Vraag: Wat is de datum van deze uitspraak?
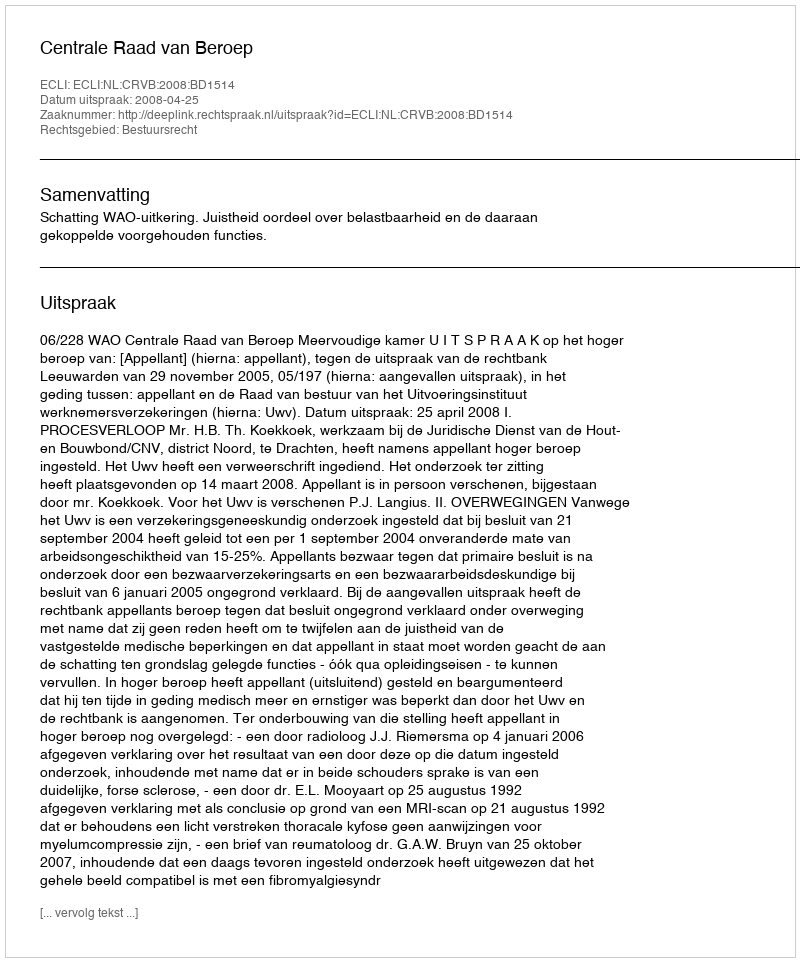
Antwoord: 2008-04-25